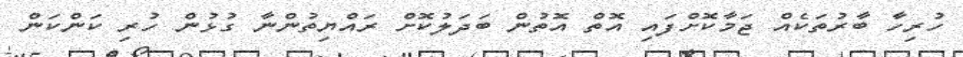
ހުރިހާ ބާރުތަކެއް ޖަމާކޮށްފައި އޮތް އޮތުން ބަދަލުކޮށް ރައްޔިތުންނާ ގުޅުން ހުރި ކަންކަން